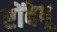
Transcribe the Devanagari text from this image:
रोंदेवू